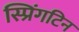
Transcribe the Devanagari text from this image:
स्प्रिंगटिन